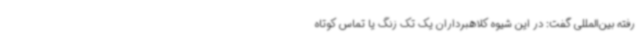
رفته بین‌المللی گفت: در این شیوه کلاهبرداران یک تک زنگ یا تماس کوتاه